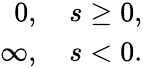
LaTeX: \begin{array}{r}{0,\quad s\geq 0,}\\ {\infty,\quad s<0.}\end{array}